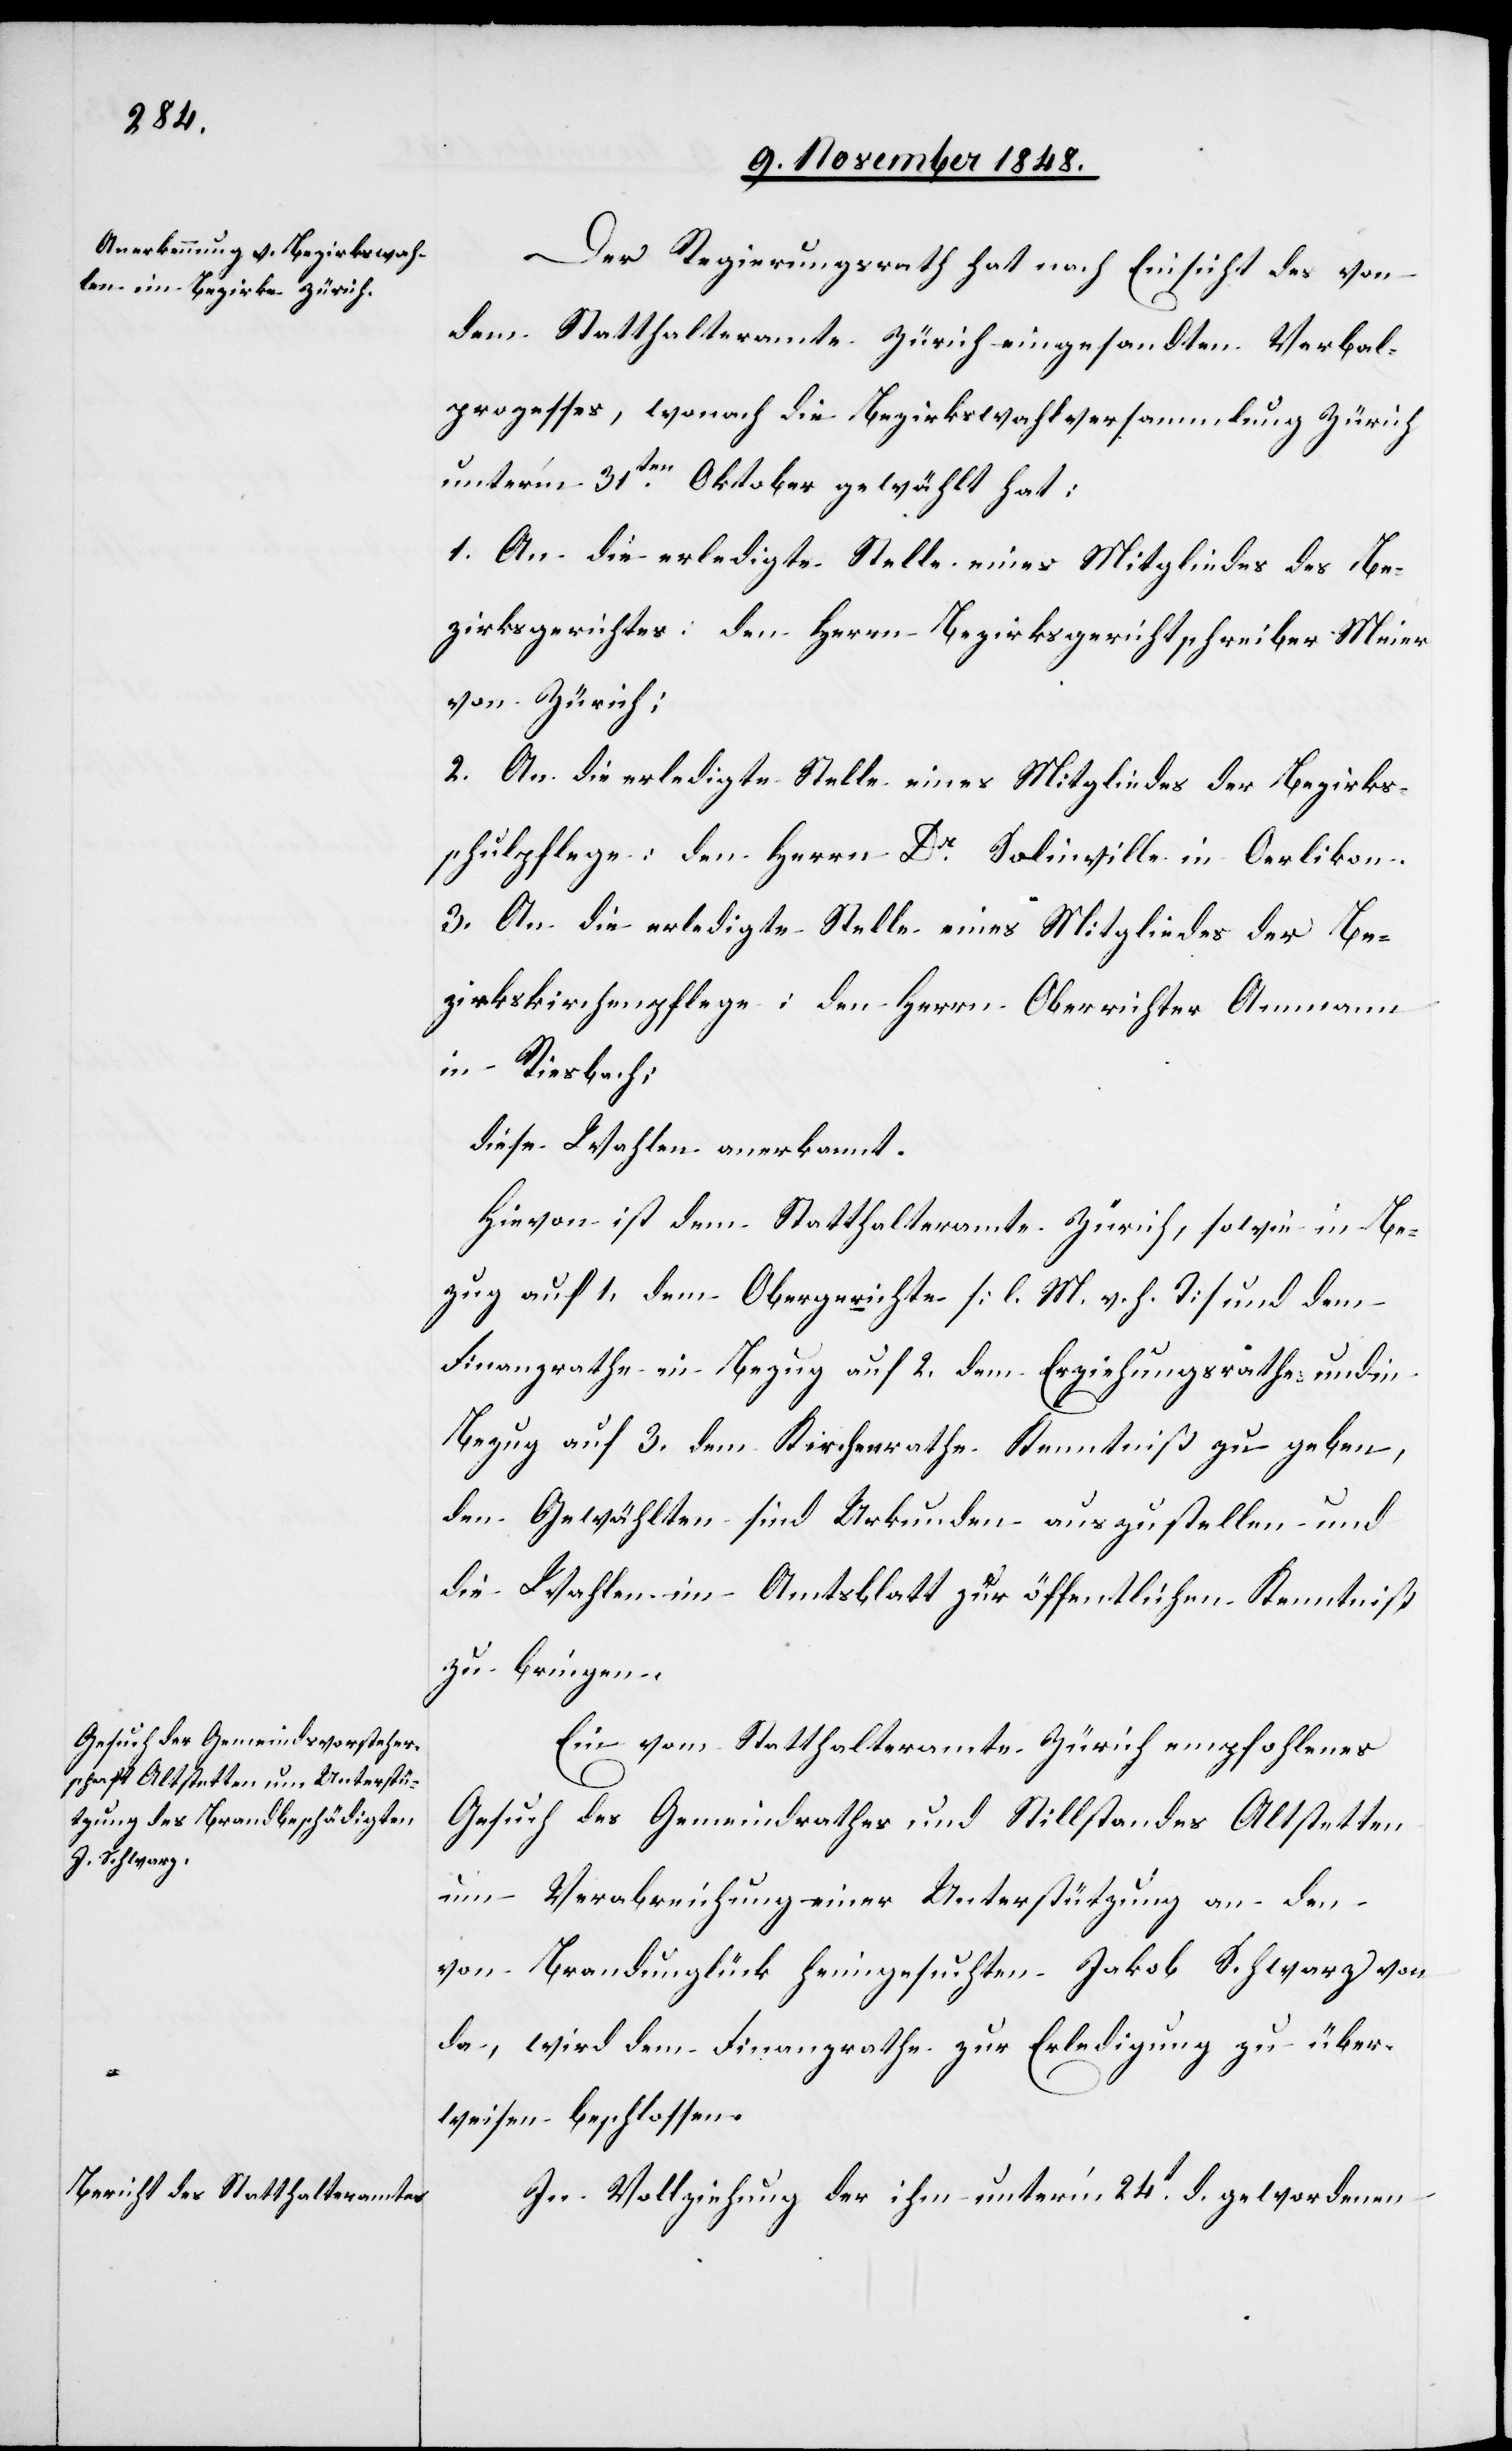
Der Regierungsrath hat nach Einsicht des von
dem Statthalteramte Zürich eingesandten Verbal¬
prozesses, wonach die Bezirkswahlversammlung Zürich
unter’m 31ten Oktober gewählt hat:
1. An die erledigte Stelle eines Mitgliedes des Be¬
zirksgerichtes: den Herrn Bezirkgerichtschreiber Meier
von Zürich;
2. An die erledigte Stelle eines Mitgliedes der Bezirks¬
schulpflege: den Herrn Dr Solinville in Oerlikon.
3. An die erledigte Stelle eines Mitgliedes der Be¬
zirkskirchenpflege: den Herrn Oberrichter Ammann
in Riesbach;
diese Wahlen anerkannt.
Hievon ist dem Statthalteramte Zürich, sowie in Be¬
zug auf 1, dem Obergerichte [l. M. v. h. T] und dem
Finanzrathe in Bezug auf 2. dem Erziehungsrathe und in
Bezug auf 3. dem Kirchenrathe Kenntniß zu geben,
den Gewählten sind Urkunden auszustellen und
die Wahlen im Amtsblatt zur öffentlichen Kenntniß
zu bringen.
Ein vom Statthalteramte Zürich empfohlenes
Gesuch des Gemeindrathes und Stillstandes Altstetten
um Verabreichung einer Unterstützung an den
von Brandunglück heimgesuchten Jakob Schwarz von
da, wird dem Finanzrathe zur Erledigung zu über¬
weisen beschlossen.
In Vollziehung der ihm unter’m 24t d. gewordenen